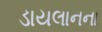
ડાયલાનના